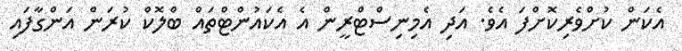
އެކަން ކުށްވެރިކޮށްފަ އެވެ. އަދި އެމިނިސްޓްރީން އެ އެކައުންޓްތައް ބްލޮކް ކުރަން އަންގާފައި